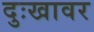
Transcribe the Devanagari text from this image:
दुःखावर